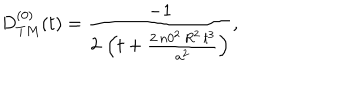
\begin{array} { c } { { D _ { T M } ^ { ( 0 ) } ( t ) = \displaystyle { \frac { - 1 } { 2 \, \left( t + \frac { 2 \, { n 0 } ^ { 2 } \, R ^ { 2 } \, t ^ { 3 } } { a ^ { 2 } } \right) } } , } } \\ \end{array}